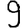
Digit: 9